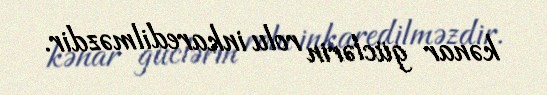
kənar güclərin rolu inkaredilməzdir.